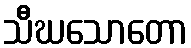
သီဃသောတော